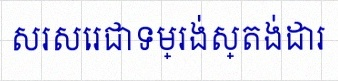
សរសេរជាទម្រង់ស្តង់ដារ